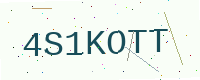
Text: 4S1KOTT